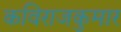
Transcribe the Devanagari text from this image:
कविराजकुमार